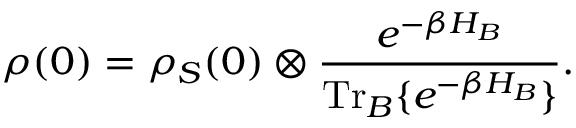
\rho ( 0 ) = \rho _ { S } ( 0 ) \otimes \frac { e ^ { - \beta H _ { B } } } { \mathrm { T r } _ { B } \{ e ^ { - \beta H _ { B } } \} } .